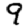
Digit: 9